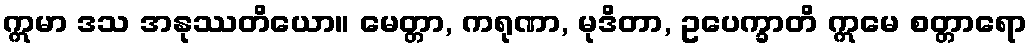
ဣမာ ဒသ အနုဿတိယော။ မေတ္တာ, ကရုဏာ, မုဒိတာ, ဥပေက္ခာတိ ဣမေ စတ္တာရော